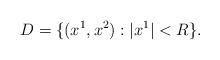
LaTeX: \begin{align*}D=\{(x^1,x^2): |x^1|<R\}.\end{align*}